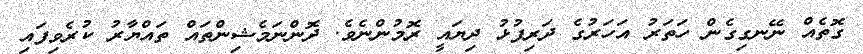
ގޮތެއް ނޭނގިގެން ހަތަރު އަހަރުގެ ދަރިފުޅު ދިޔައީ ރޮމުންނެވެ. ދޮންނަމެޝިންތައް ތައްޔާރު ކުރެވިފައި